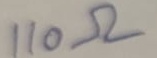
Text: 110Ω